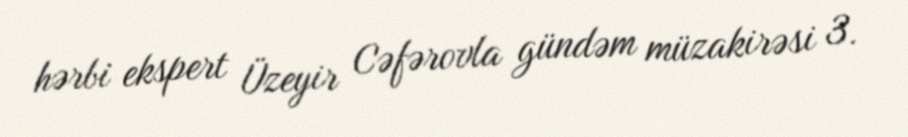
hərbi ekspert Üzeyir Cəfərovla gündəm müzakirəsi 3.